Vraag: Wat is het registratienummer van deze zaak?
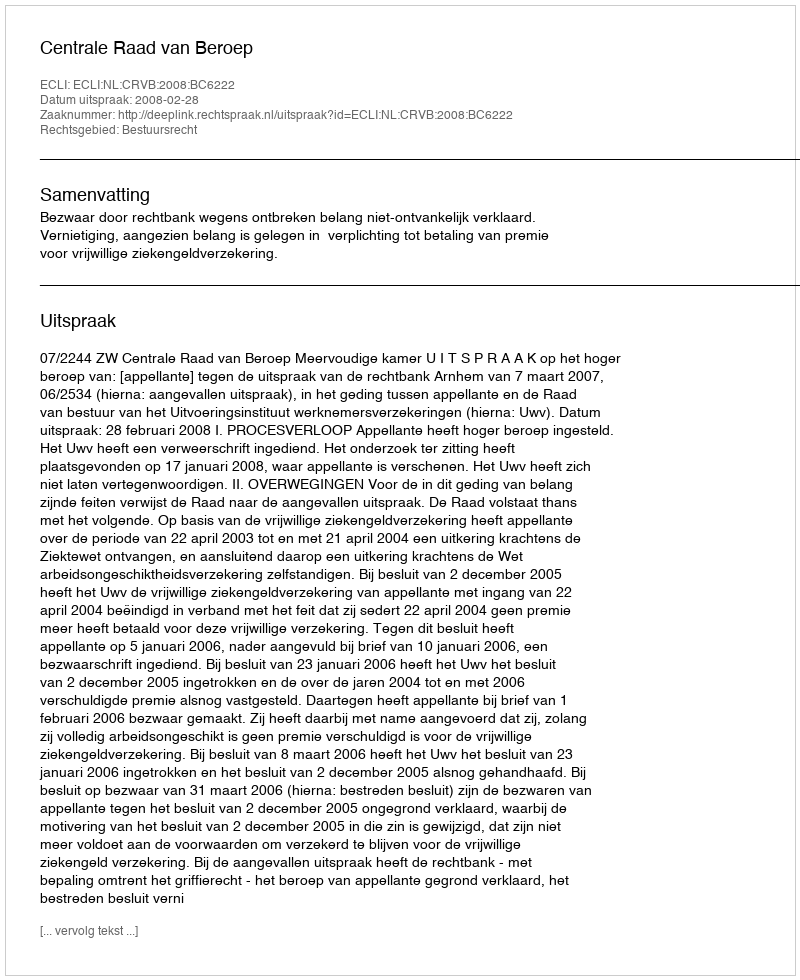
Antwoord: http://deeplink.rechtspraak.nl/uitspraak?id=ECLI:NL:CRVB:2008:BC6222